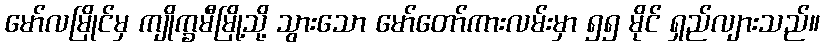
မော်လမြိုင်မှ ကျိုက္ခမီမြို့သို့ သွားသော မော်တော်ကားလမ်းမှာ ၅၅ မိုင် ရှည်လျားသည်။